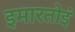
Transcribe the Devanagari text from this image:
इमारतोइं